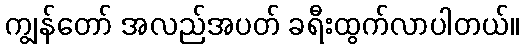
ကျွန်တော် အလည်အပတ် ခရီးထွက်လာပါတယ်။